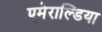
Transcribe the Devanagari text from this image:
एमेराल्डिया